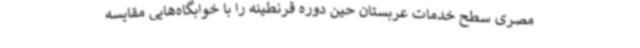
مصری سطح خدمات عربستان حین دوره قرنطینه را با خوابگاه‌هایی مقایسه